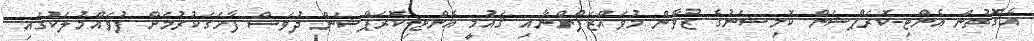
އެގޮތުން އެންޓި-ކޮރަޕްޝަން ކޮމިޝަނުގެ ޒުވާން މުވައްޒަފުންނާއި ޤައުމީ އެންޓި-ކޮރަޕްޝަން ދުވަސް ފާހަގަކުރުމަށް ފުވައްމުލަކުގައި